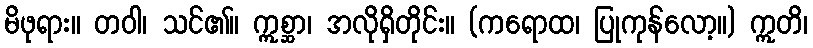
မိဖုရား။ တဝါ၊ သင်၏။ ဣစ္ဆာ၊ အလိုရှိတိုင်း။ (ကရောထ၊ ပြုကုန်လော့။) ဣတိ၊